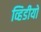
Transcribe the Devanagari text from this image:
व्हिडीयो